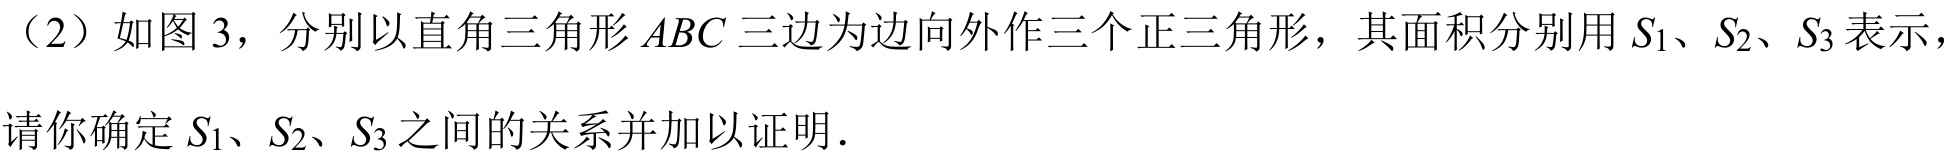
（2）如图 3，分别以直角三角形\(ABC\)三边为边向外作三个正三角形，其面积分别用\(S_{1}、S_{2}、S_{3}\)表示，
请你确定\(S_{1}、S_{2}、S_{3}\)之间的关系并加以证明．